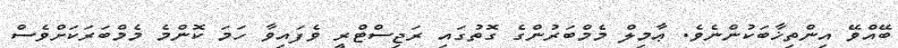
ބޭއްވޭ އިންތިޚާބަކުންނެވެ. ޢާމިލް މެމްބަރުންގެ ގޮތުގައި ރަޖިސްޓްރީ ވެފައިވާ ހަމަ ކޮންމެ މެމްބަރަކަށްވެސް